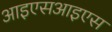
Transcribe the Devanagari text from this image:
आइएसआइएस